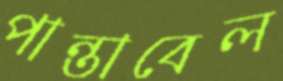
পান্তাবেল